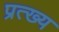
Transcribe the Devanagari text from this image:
प्रत्ख्य